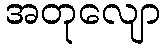
အတုလျော